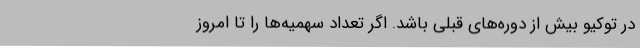
در توکیو بیش از دوره‌های قبلی باشد. اگر تعداد سهمیه‌ها را تا امروز